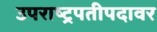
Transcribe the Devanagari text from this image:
उपराष्ट्रपतीपदावर